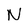
Character: N